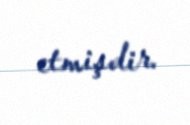
etmişdir.